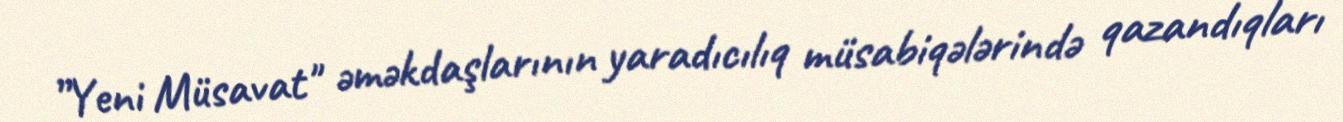
”Yeni Müsavat" əməkdaşlarının yaradıcılıq müsabiqələrində qazandıqları